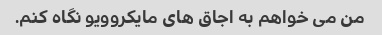
من می خواهم به اجاق های مایکروویو نگاه کنم.